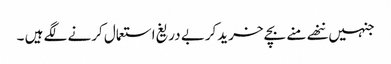
جنہیں ننھے منے بچے خریدکربے دریغ استعمال کرنے لگے ہیں ۔